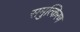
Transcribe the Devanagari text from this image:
समुत्किरण